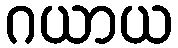
ဂယာယ